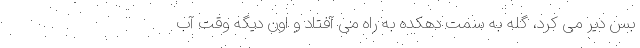
بس دیر می کرد، گله به سمت دهکده به راه می آفتاد و اون دیگه وقت آب